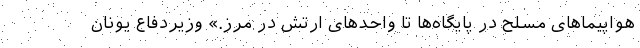
هواپیماهای مسلح در پایگاه‌ها تا واحدهای ارتش در مرز.» وزیردفاع یونان